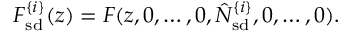
F _ { \mathrm { s d } } ^ { \{ i \} } ( z ) = F ( z , 0 , \ldots , 0 , \hat { N } _ { \mathrm { s d } } ^ { \{ i \} } , 0 , \ldots , 0 ) .